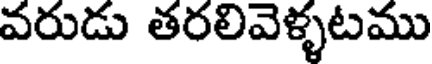
వరుడు తరలివెళ్ళటము